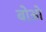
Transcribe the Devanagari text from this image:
बोओ